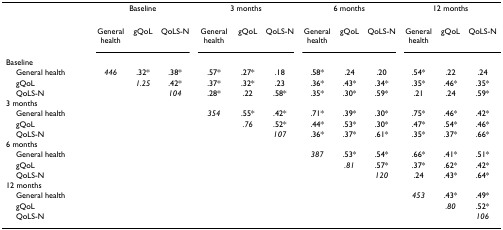
<table><thead><tr><td></td><td colspan="3"><b>Baseline</b></td><td colspan="3"><b>3 months</b></td><td colspan="3"><b>6 months</b></td><td colspan="3"><b>12 months</b></td></tr></thead><tbody><tr><td></td><td>General health</td><td>gQoL</td><td>QoLS-N</td><td>General health</td><td>gQoL</td><td>QoLS-N</td><td>General health</td><td>gQoL</td><td>QoLS-N</td><td>General health</td><td>gQoL</td><td>QoLS-N</td></tr><tr><td>Baseline</td><td></td><td></td><td></td><td></td><td></td><td></td><td></td><td></td><td></td><td></td><td></td><td></td></tr><tr><td> General health</td><td><i>446</i></td><td>.32*</td><td>.38*</td><td>.57*</td><td>.27*</td><td>.18</td><td>.58*</td><td>.24</td><td>.20</td><td>.54*</td><td>.22</td><td>.24</td></tr><tr><td> gQoL</td><td></td><td><i>1.25</i></td><td>.42*</td><td>.37*</td><td>.32*</td><td>.23</td><td>.36*</td><td>.43*</td><td>.34*</td><td>.35*</td><td>.46*</td><td>.35*</td></tr><tr><td> QoLS-N</td><td></td><td></td><td><i>104</i></td><td>.28*</td><td>.22</td><td>.58*</td><td>.35*</td><td>.30*</td><td>.59*</td><td>.21</td><td>.24</td><td>.59*</td></tr><tr><td>3 months</td><td></td><td></td><td></td><td></td><td></td><td></td><td></td><td></td><td></td><td></td><td></td><td></td></tr><tr><td> General health</td><td></td><td></td><td></td><td><i>354</i></td><td>.55*</td><td>.42*</td><td>.71*</td><td>.39*</td><td>.30*</td><td>.75*</td><td>.46*</td><td>.42*</td></tr><tr><td> gQoL</td><td></td><td></td><td></td><td></td><td><i>.76</i></td><td>.52*</td><td>.44*</td><td>.53*</td><td>.30*</td><td>.47*</td><td>.54*</td><td>.46*</td></tr><tr><td> QoLS-N</td><td></td><td></td><td></td><td></td><td></td><td><i>107</i></td><td>.36*</td><td>.37*</td><td>.61*</td><td>.35*</td><td>.37*</td><td>.66*</td></tr><tr><td>6 months</td><td></td><td></td><td></td><td></td><td></td><td></td><td></td><td></td><td></td><td></td><td></td><td></td></tr><tr><td> General health</td><td></td><td></td><td></td><td></td><td></td><td></td><td><i>387</i></td><td>.53*</td><td>.54*</td><td>.66*</td><td>.41*</td><td>.51*</td></tr><tr><td> gQoL</td><td></td><td></td><td></td><td></td><td></td><td></td><td></td><td><i>.81</i></td><td>.57*</td><td>.37*</td><td>.62*</td><td>.42*</td></tr><tr><td> QoLS-N</td><td></td><td></td><td></td><td></td><td></td><td></td><td></td><td></td><td><i>120</i></td><td>.24</td><td>.43*</td><td>.64*</td></tr><tr><td>12 months</td><td></td><td></td><td></td><td></td><td></td><td></td><td></td><td></td><td></td><td></td><td></td><td></td></tr><tr><td> General health</td><td></td><td></td><td></td><td></td><td></td><td></td><td></td><td></td><td></td><td><i>453</i></td><td>.43*</td><td>.49*</td></tr><tr><td> gQoL</td><td></td><td></td><td></td><td></td><td></td><td></td><td></td><td></td><td></td><td></td><td><i>.80</i></td><td>.52*</td></tr><tr><td> QoLS-N</td><td></td><td></td><td></td><td></td><td></td><td></td><td></td><td></td><td></td><td></td><td></td><td><i>106</i></td></tr></tbody></table>